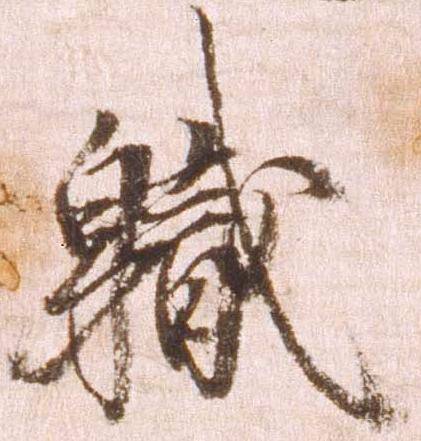
職